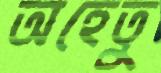
অহেতু